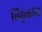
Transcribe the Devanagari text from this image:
विमुक्तांना